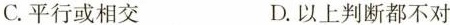
C.平行或相交 D.以上判断都不对